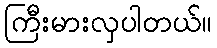
ကြီးမားလှပါတယ်။